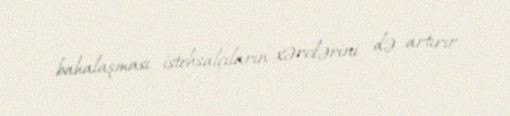
bahalaşması istehsalçıların xərclərini də artırır.